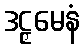
ဒဠှမေနံ